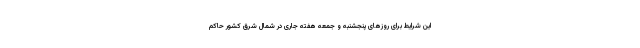
این شرایط برای روزهای پنجشنبه و جمعه هفته جاری در شمال شرق کشور حاکم